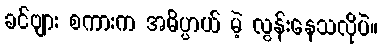
ခင်ဗျား စကားက အဓိပ္ပာယ် မဲ့ လွန်းနေသလိုပဲ။